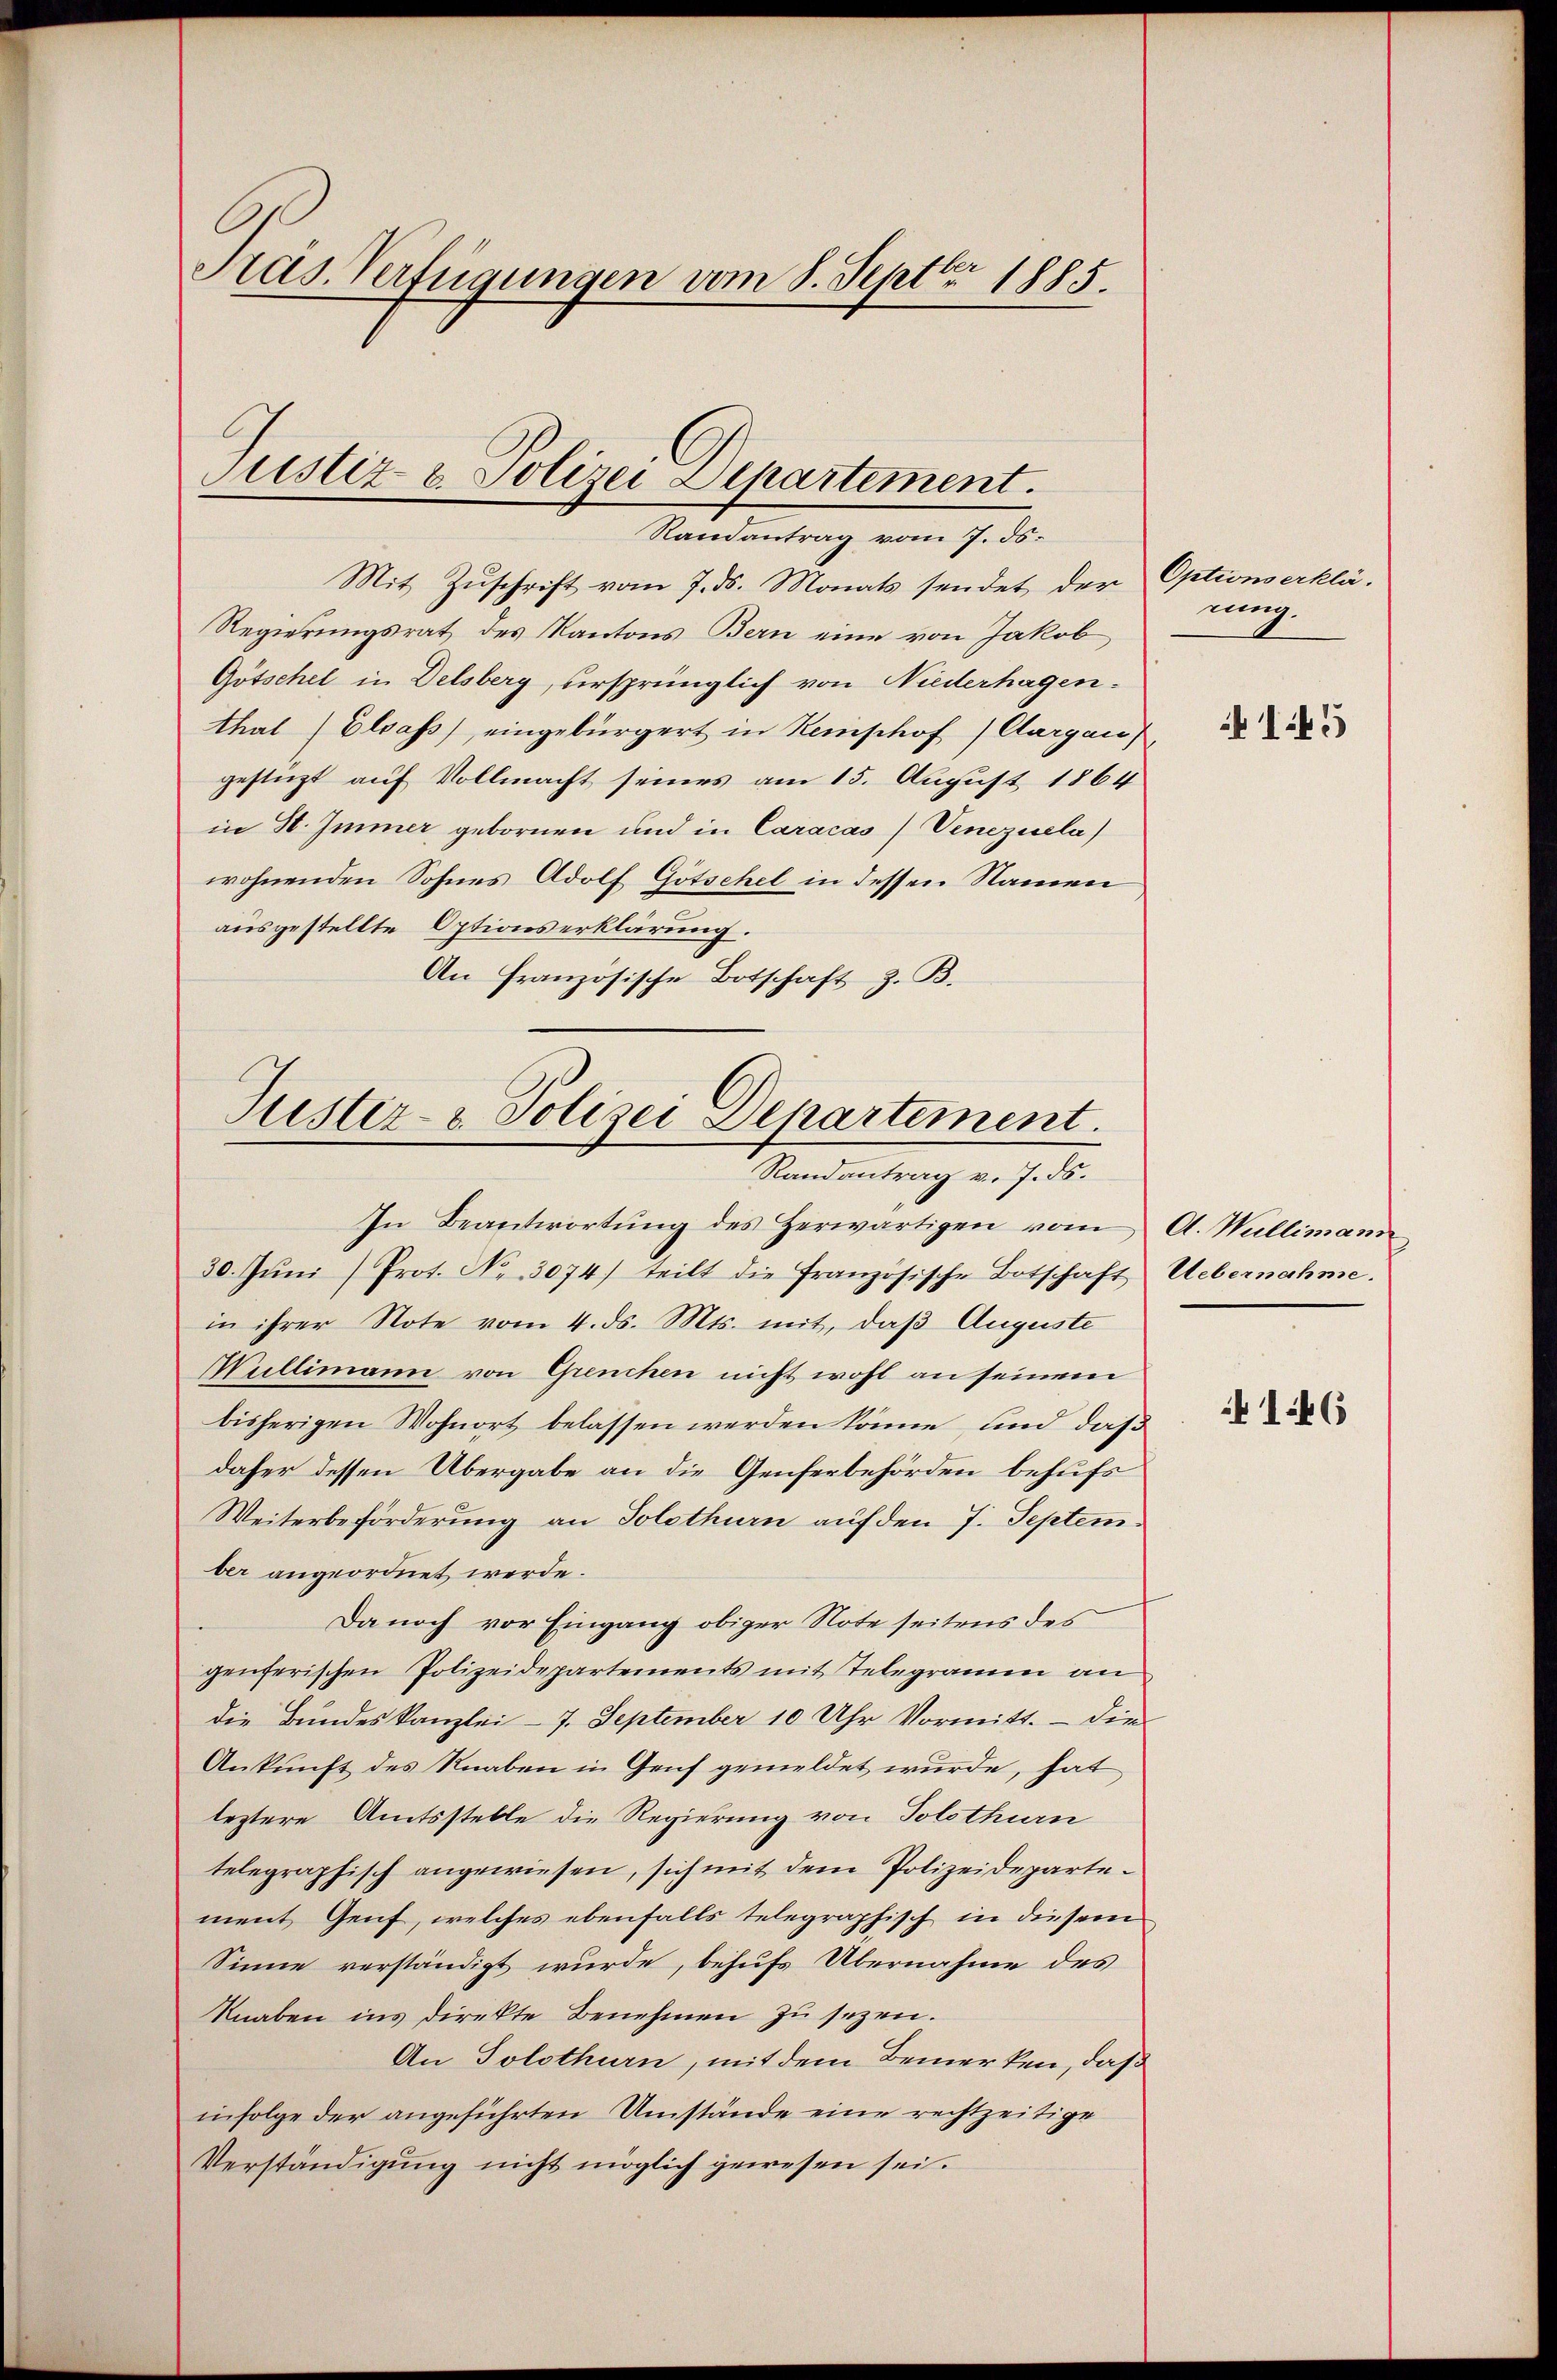
Präs. Verfügungen vom 8. Sept. 1885.

Justiz & Polizei Departement.
Randantrag vom 7. ds.

Mit Zuschrift vom 7. ds. Monats sendet der Optionserklä¬
Regierungsrat des Kantons Bern eine von Jakob
Götschel in Delsberg, ursprünglich von Niederhagen.
thal Elsass, eingebürgert in Reinphof) Aargau),
gestüzt auf Vollmacht seines am 15. August 1864
in St. Immer gebornen und in Caracas) Venezuela)
wohnenden Sohnes Adolf Götschel in dessen Namen
ausgestellte Optionserklärung.
An Französische Botschaft z. B.

Justiz- & Polizei Departement.
Randantrag v. 7. ds.

mung.

In Beantwortŭng des Herwärtigen vom A. Wallimann
30. Jŭni (Prot. No. 3074) teilt die französische Botschaft Uebernahme.
in ihrer Note vom 4. ds. Mts. mit, daß Auguste
Mullimann von Grenchen nicht wohl an seinem
bisherigen Wohnort belassen werden könne, und daß
daher dessen Übergabe an die Genferbehörden behufs
Weiterbeförderung an Solothurn auf den 7. September angeordnet werde.
Da noch vor Eingang obiger Note seitens des
genferischen Polizeidepartements mit Telegramm an
die Bundeskanzlei- 7. September 10 Uhr Vormitt. - Die
Ankunft des Knaben in Genf gemeldet wurde, hat
leztere Amtsstelle die Regierung von Solothurn
telegraphisch angewiesen, sich mit dem Polizeidepartement Genf, welches ebenfalls telegraphisch in diesem
Sinne verständigt wurde, behufs Übernahme des
Knaben ins direkte Benehmen zu sezen.
An Solothurn, mit dem Bemerken, daß
infolge der angeführten Umstände eine rechtzeitige
Verständigung nicht möglich gewesen sei.

145

1.46